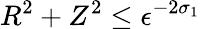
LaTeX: R^{2}+Z^{2}\le\epsilon^{-2\sigma_{1}}